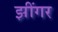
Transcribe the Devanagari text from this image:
झींगर